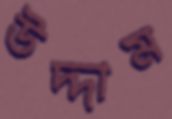
উদ্দাম